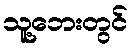
သူ့ဘေးတွင်